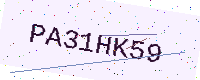
Text: PA31HK59